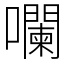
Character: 㘓